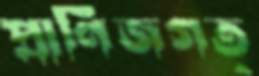
প্রাণিজগত্